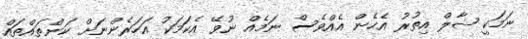
ނަމަކީ ޝާލް އިތުރު އެހެން އެއްވެސް ނަމެއް ނުވޭ އެކަމަކު އަހަރެންނަށް ކަންތައްތައް